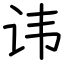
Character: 讳